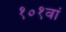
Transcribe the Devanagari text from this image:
१०१वां